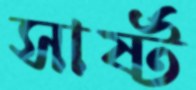
সার্ষ্ট